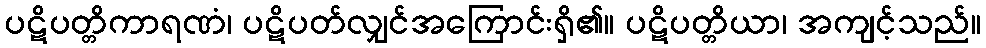
ပဋိပတ္တိကာရဏံ၊ ပဋိပတ်လျှင်အကြောင်းရှိ၏။ ပဋိပတ္တိယာ၊ အကျင့်သည်။